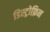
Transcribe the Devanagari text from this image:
डिस्ट्रोफ़िन